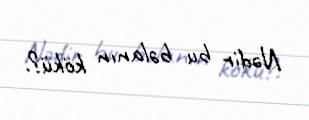
Nədir bu bəlanın kökü?.